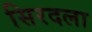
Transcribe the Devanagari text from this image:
सिरदला